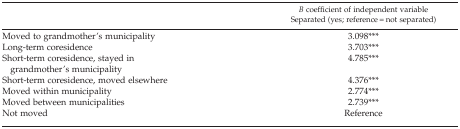
<table><thead><tr><td rowspan="2"></td><td><b><i>B</i> coefficient of independent variable</b></td></tr><tr><td><b>Separated (yes; reference = not separated)</b></td></tr></thead><tbody><tr><td>Moved to grandmother&#x27;s municipality</td><td>3.098***</td></tr><tr><td>Long‐term coresidence</td><td>3.703***</td></tr><tr><td>Short‐term coresidence, stayed in grandmother&#x27;s municipality</td><td>4.785***</td></tr><tr><td>Short‐term coresidence, moved elsewhere</td><td>4.376***</td></tr><tr><td>Moved within municipality</td><td>2.774***</td></tr><tr><td>Moved between municipalities</td><td>2.739***</td></tr><tr><td>Not moved</td><td>Reference</td></tr></tbody></table>